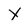
Character: X